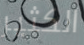
الكثير